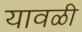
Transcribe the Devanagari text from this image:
यावळी